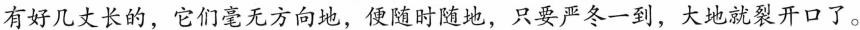
有好几丈长的，它们毫无方向的，便随时随地，只要严冬一到，大地就裂开口了。